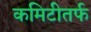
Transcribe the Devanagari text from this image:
कमिटीतर्फ